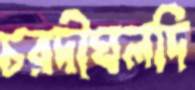
চরদীঘলদি